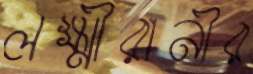
লক্ষ্মীরানীর